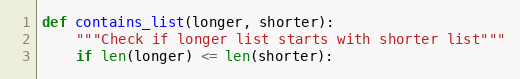
Language: Python
def contains_list(longer, shorter):
    """Check if longer list starts with shorter list"""
    if len(longer) <= len(shorter):